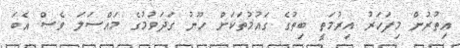
އިތުރުން މިފަހަރު އިރުމަތީ ބިތުގެ ގައުމުތަކަށް ހޫނު ގަދަވުމުގެ މައްސަލަ ވެސް އެބަ